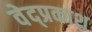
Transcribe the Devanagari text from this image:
वेद्प्रकाश